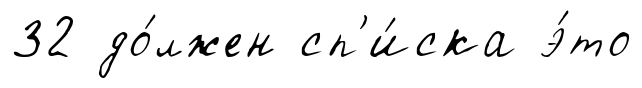
32 до́лжен сп'и́ска э́то